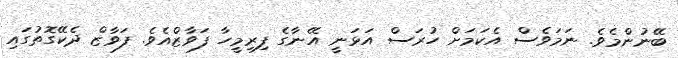
ބޭނުންމެވެ. ނަމަވެސް އެކަމަށް ހުރަސް އަޅަނީ އޭނާގެ ފިރިމީހާ ފަވާޒްއެވެ. ފަވާޒް ދެކޭގޮތުގައި